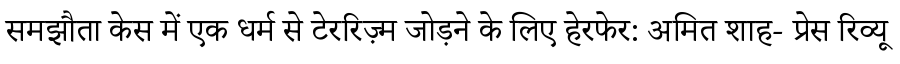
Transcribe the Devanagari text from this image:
समझौता केस में एक धर्म से टेररिज़्म जोड़ने के लिए हेरफेर: अमित शाह- प्रेस रिव्यू